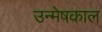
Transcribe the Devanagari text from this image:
उन्मेषकाल